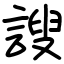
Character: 謏